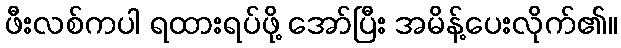
ဖီးလစ်ကပါ ရထားရပ်ဖို့ အော်ပြီး အမိန့်ပေးလိုက်၏။